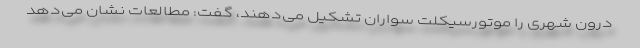
درون شهری را موتورسیکلت سواران تشکیل می‌دهند، گفت: مطالعات نشان می‌دهد